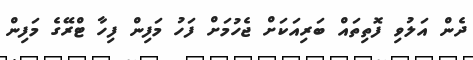
ދެން އަލުވި ފޮތިތައް ބަރިއަކަށް ޖެހުމަށް ފަހު މަފިން ފިހާ ޓްރޭގެ މަފިން